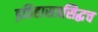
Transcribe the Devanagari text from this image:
इतिहासप्रसिद्धच